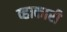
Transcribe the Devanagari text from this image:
व्हाकारी